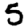
Digit: 5